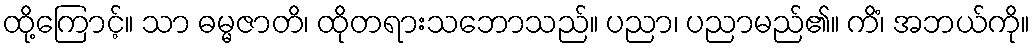
ထို့ကြောင့်။ သာ ဓမ္မဇာတိ၊ ထိုတရားသဘောသည်။ ပညာ၊ ပညာမည်၏။ ကိံ၊ အဘယ်ကို။